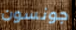
جونسون